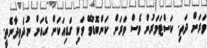
ވަރަށް ދަތި. ކަސްޓަމަރުން ވެސް ވަރަށް ކަންބޮޑުވޭ ވަކި ގަޑިއަކަށް ގެއަށް ނުދެވިދާނެތީ.